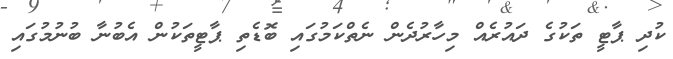
ކުދި ޕާޓީ ތަކުގެ ދައުރެއް މިހާރުދެން ނެތްކަމުގައި ބޮޑެތި ޕާޓީތަކުން އެބުނާ ބުނުމުގައި